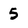
Character: 5